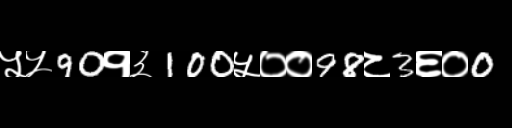
Text: ५५90१३100५००98८3६०0